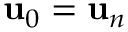
\mathbf { u } _ { 0 } = \mathbf { u } _ { n }